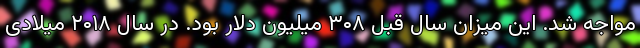
مواجه شد. این میزان سال قبل ۳۰۸ میلیون دلار بود. در سال ۲۰۱۸ میلادی